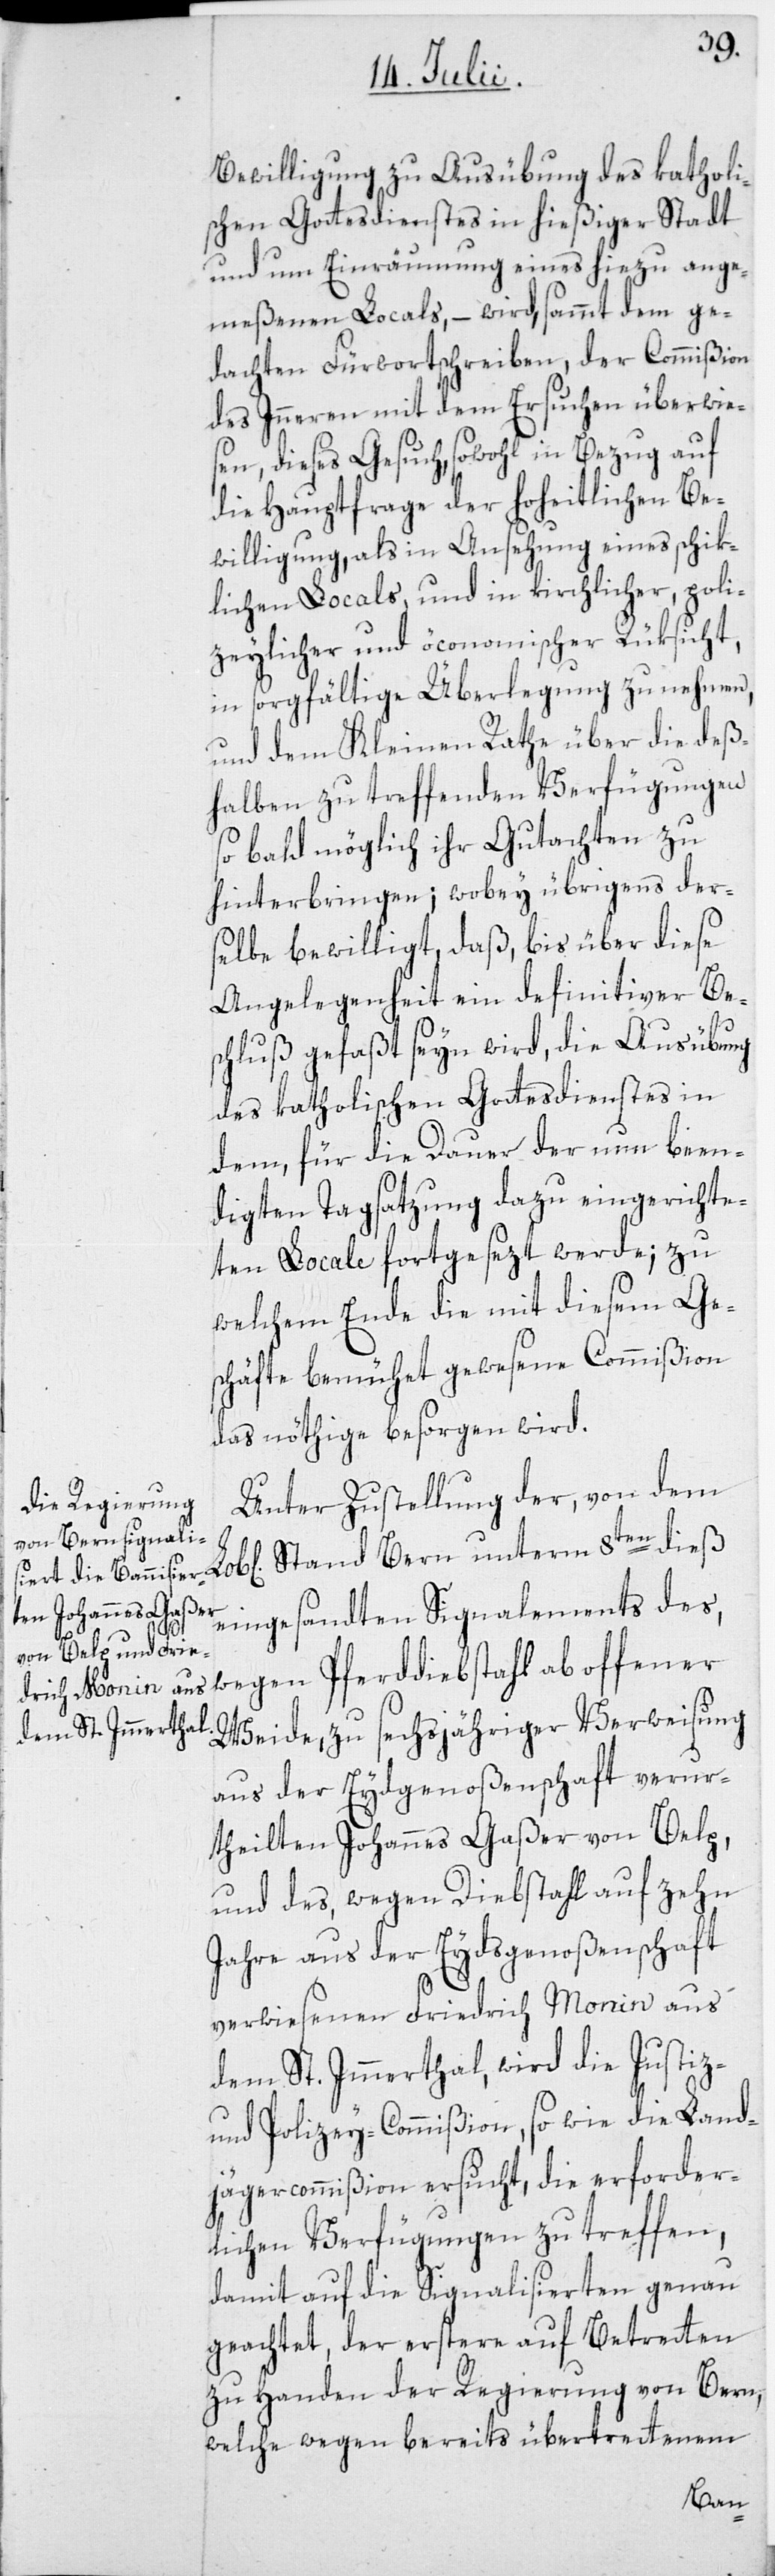
Bewilligung zu Ausübung des katholi¬
schen Gottesdienstes in hießiger Stadt
und um Einräumung eines hiezu ange¬
meßenen Locals, – wird, sammt dem ge¬
dachten Fürwortschreiben, der Commißion
des Inneren mit dem Ersuchen überwie¬
sen, dieses Gesuch, sowohl in Bezug auf
die Hauptfrage der hoheitlichen Be¬
willigung, als in Ansehung eines schik¬
lichen Locals, und in kirchlicher, poli¬
zeylicher und öconomischer Rüksicht,
in sorgfältige Überlegung zu nehmen,
und dem Kleinen Rathe über die deß¬
halben zu treffenden Verfügungen
so bald möglich ihr Gutachten zu
hinterbringen; wobey übrigens der¬
selbe bewilligt, daß, bis über diese
Angelegenheit ein definitiver Be¬
schluß gefaßt seyn wird, die Ausübung
des katholischen Gottesdienstes in
dem, für die Dauer der nun been¬
digten Tagsatzung dazu eingerichte¬
ten Locale fortgesezt werde; zu
welchem Ende die mit diesem Ge¬
schäfte bemühet gewesene Commißion
das nöthige besorgen wird.
Unter Zustellung der, von dem
eingesandten Signalements des,
Weide, zu sechsjähriger Verweisung
aus der Eydgenoßenschaft verur¬
theilten Johannes Gaßer von Belp,
und des, wegen Diebstahl auf zehn
Jahre aus der Eydsgenoßenschaft
verwiesenen Friedrich Monin aus
dem St. Immerthal, wird die Justiz-
und Polizey-Commißion, so wie die Land¬
jägercommißion ersucht, die erforder¬
lichen Verfügungen zu treffen,
damit auf die Signalisierten genau
geachtet, der erstere auf Betretten
zu Handen der Regierung von Bern,
welche wegen bereits übertrettenem